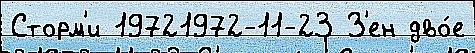
Сторм'и 19721972-11-23 З'ен дво́е